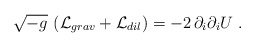
\begin{align*}\sqrt{-g}\, \left({\cal L}_{grav} +{\cal L}_{dil} \right) =- 2 \, \partial_i \partial_i U\ .\end{align*}